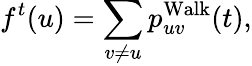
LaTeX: f^{t}(u)=\sum_{v\ne u}p_{uv}^{\operatorname{Walk}}(t),